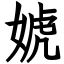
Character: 婋